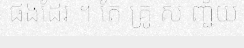
ផងដែរ ។ តែ គ្រូ ស ញ្ជ័យ